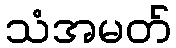
သံအမတ်